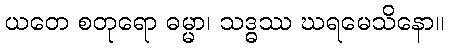
ယတေ စတုရော ဓမ္မာ၊ သဒ္ဓဿ ဃရမေသိနော။